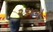
૨૬૪મો